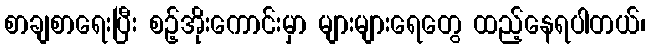
စာချစာရေးပြီး စဉ့်အိုးကောင်းမှာ များများရေတွေ ထည့်နေရပါတယ်၊